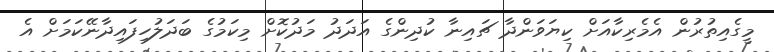
މީގެއިތުރުން އެމެރިކާއަށް ކިޔަވަންދާ ޗައިނާ ކުދިންގެ އަދަދު މަދުކޮށް މިކަމުގެ ބަދަލުހިފައިދާނޭކަމަށް އެ